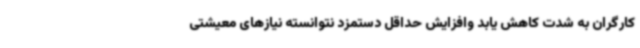
کارگران به شدت کاهش یابد وافزایش حداقل دستمزد نتوانسته نیازهای معیشتی